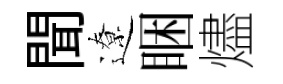
聞遼睏燼